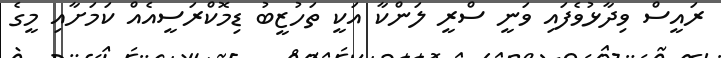
ރައީސް ވިދާޅުވެފައި ވަނީ ސްރީ ލަންކާ އަކީ ތަހުޒީބު ޑިމޮކްރަސީއެއް ކަމަށާއި މީގެ